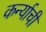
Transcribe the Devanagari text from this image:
कर्न्याची